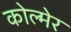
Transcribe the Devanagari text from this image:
कोल्मेर